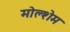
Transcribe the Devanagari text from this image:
मोल्शेम